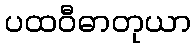
ပထဝီဓာတုယာ